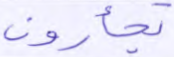
تجأرون